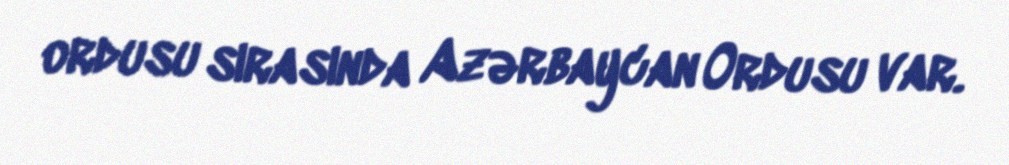
ordusu sırasında Azərbaycan Ordusu var.